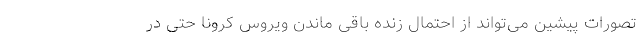
تصورات پیشین می‌تواند از احتمال زنده باقی ماندن ویروس کرونا حتی در